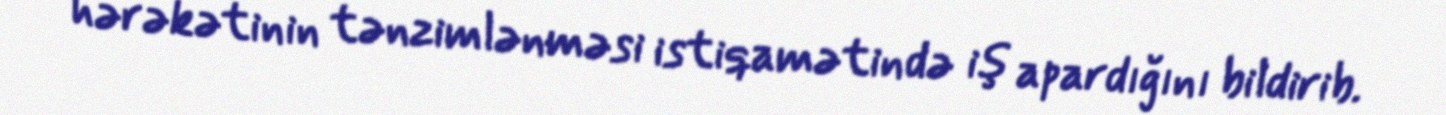
hərəkətinin tənzimlənməsi istiqamətində iş apardığını bildirib.